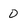
Character: 0